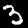
Label: 3